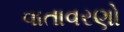
વાતાવરણો